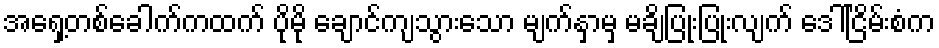
အရှေ့တစ်ခေါက်ကထက် ပိုမို ချောင်ကျသွားသော မျက်နှာမှ မချိပြုံးပြုံးလျက် ဒေါ်ငြိမ်းစံက